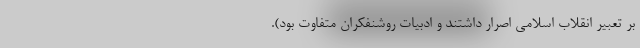
بر تعبیر انقلاب اسلامی اصرار داشتند و ادبیات روشنفکران متفاوت بود).